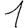
Digit: 1